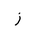
Letter: _zay